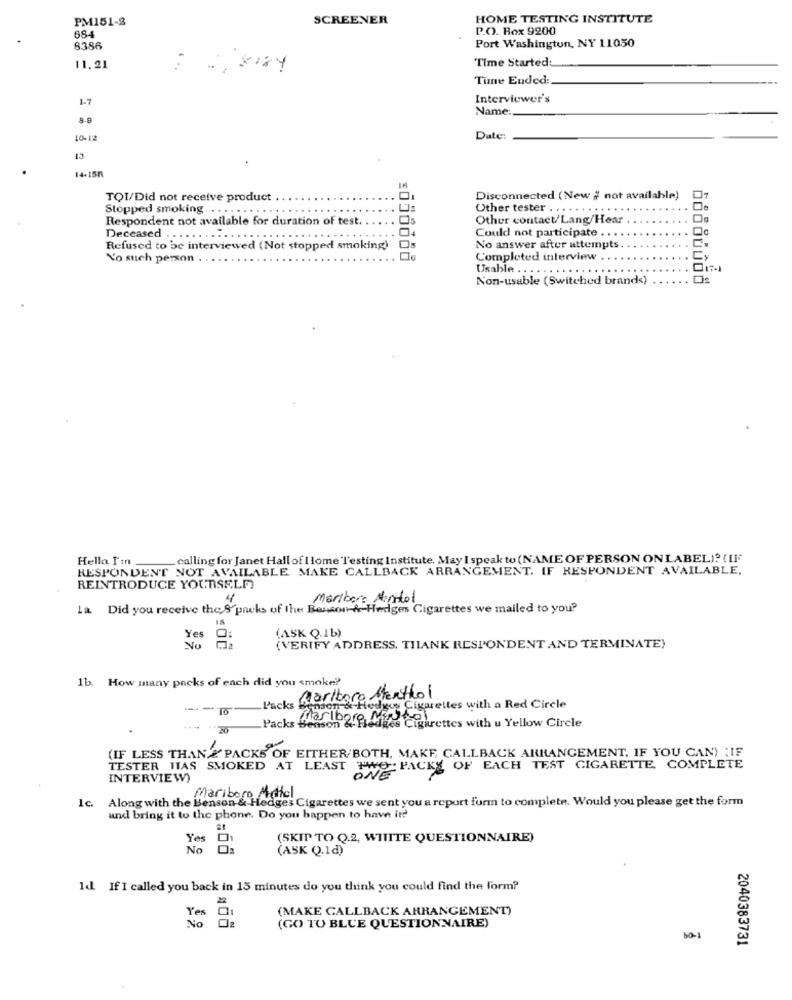
PM151-8
SCREENER
HOME TESTING INSTITUTE
P.O. Box 9200
684
Port Washington, NY 11050
8386
Time Started:
11.21
. ..
Tune Ended:
1-7
Interviewer's
Name:
10-12
Date:
15
14-155
TOI/Did not receive product
Disconnected (New # not available)
Stopped smoking .........
Other tester ..... .. ..
Respondent not available for duration of test.
Other contact/Lang/Hear
Could not participate ..
Deceased ...... . ....
Refused to be interviewed (Not stopped smoking)
No answer after attempts
Yo such person . ..
Completed interview .
Usable . . ....
.....
Non-usable (Switched brands)
Hello I'm_
calling for Janet Hallof I lome Testing Institute. May I speak to (NAME OF PERSON ON LABEL)? (II"
RESPONDENT NOT AVAILABLE MAKE CALLBACK ARRANGEMENT. IF RESPONDENT AVAILABLE,
REINTRODUCE YOURSELF
4
Maribare Menitol
la Did you receive the 8 packs of the Benson & Hedges Cigarettes we mailed to you?
(ASK Q.1b)
Yes
(VERIFY ADDRESS. THANK RESPONDENT AND TERMINATE)
1b. How many packs of each did you smoke?
Packs Marlboro Menthol
-
Benson & Hedges Cigarettes with a Red Circle
20
Packs Benson & Pledges Cigarettes with u Yellow Circle
(IF LESS THAN ' PACKS OF EITHER/BOTH, MAKE, CALLBACK ARRANGEMENT, IF YOU CAN) ; IF
TESTER WAS SMOKED AT LEAST TWO PACKS OF EACH TEST CIGARETTE, COMPLETE
INTERVIEW)
Along with the Benson Muffel
Hedges Cigarettes we sent you a report form to complete. Would you please get the form
1c
and bring it to the phone. Do you happen to have it?
Yes 01
(SKIP TO Q.2, WIIITE QUESTIONNAIRE)
No
(ASK Q.1d)
Id If I called you back in 15 minutes do you think you could find the form?
(MAKE CALLBACK ARRANGEMENT)
Yes
No
(GO TO BLUE QUESTIONNAIRE)
50-1
2040383731